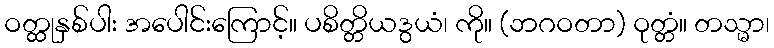
ဝတ္ထုနှစ်ပါး အပေါင်းကြောင့်။ ပစိတ္တိယဒွယံ၊ ကို။ (ဘဂဝတာ) ဝုတ္တံ။ တသ္မာ၊